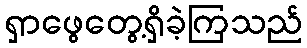
ရှာဖွေတွေ့ရှိခဲ့ကြသည်